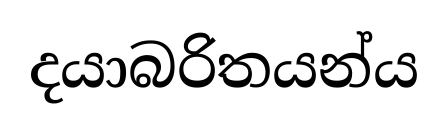
දයාබරිතයන්ය